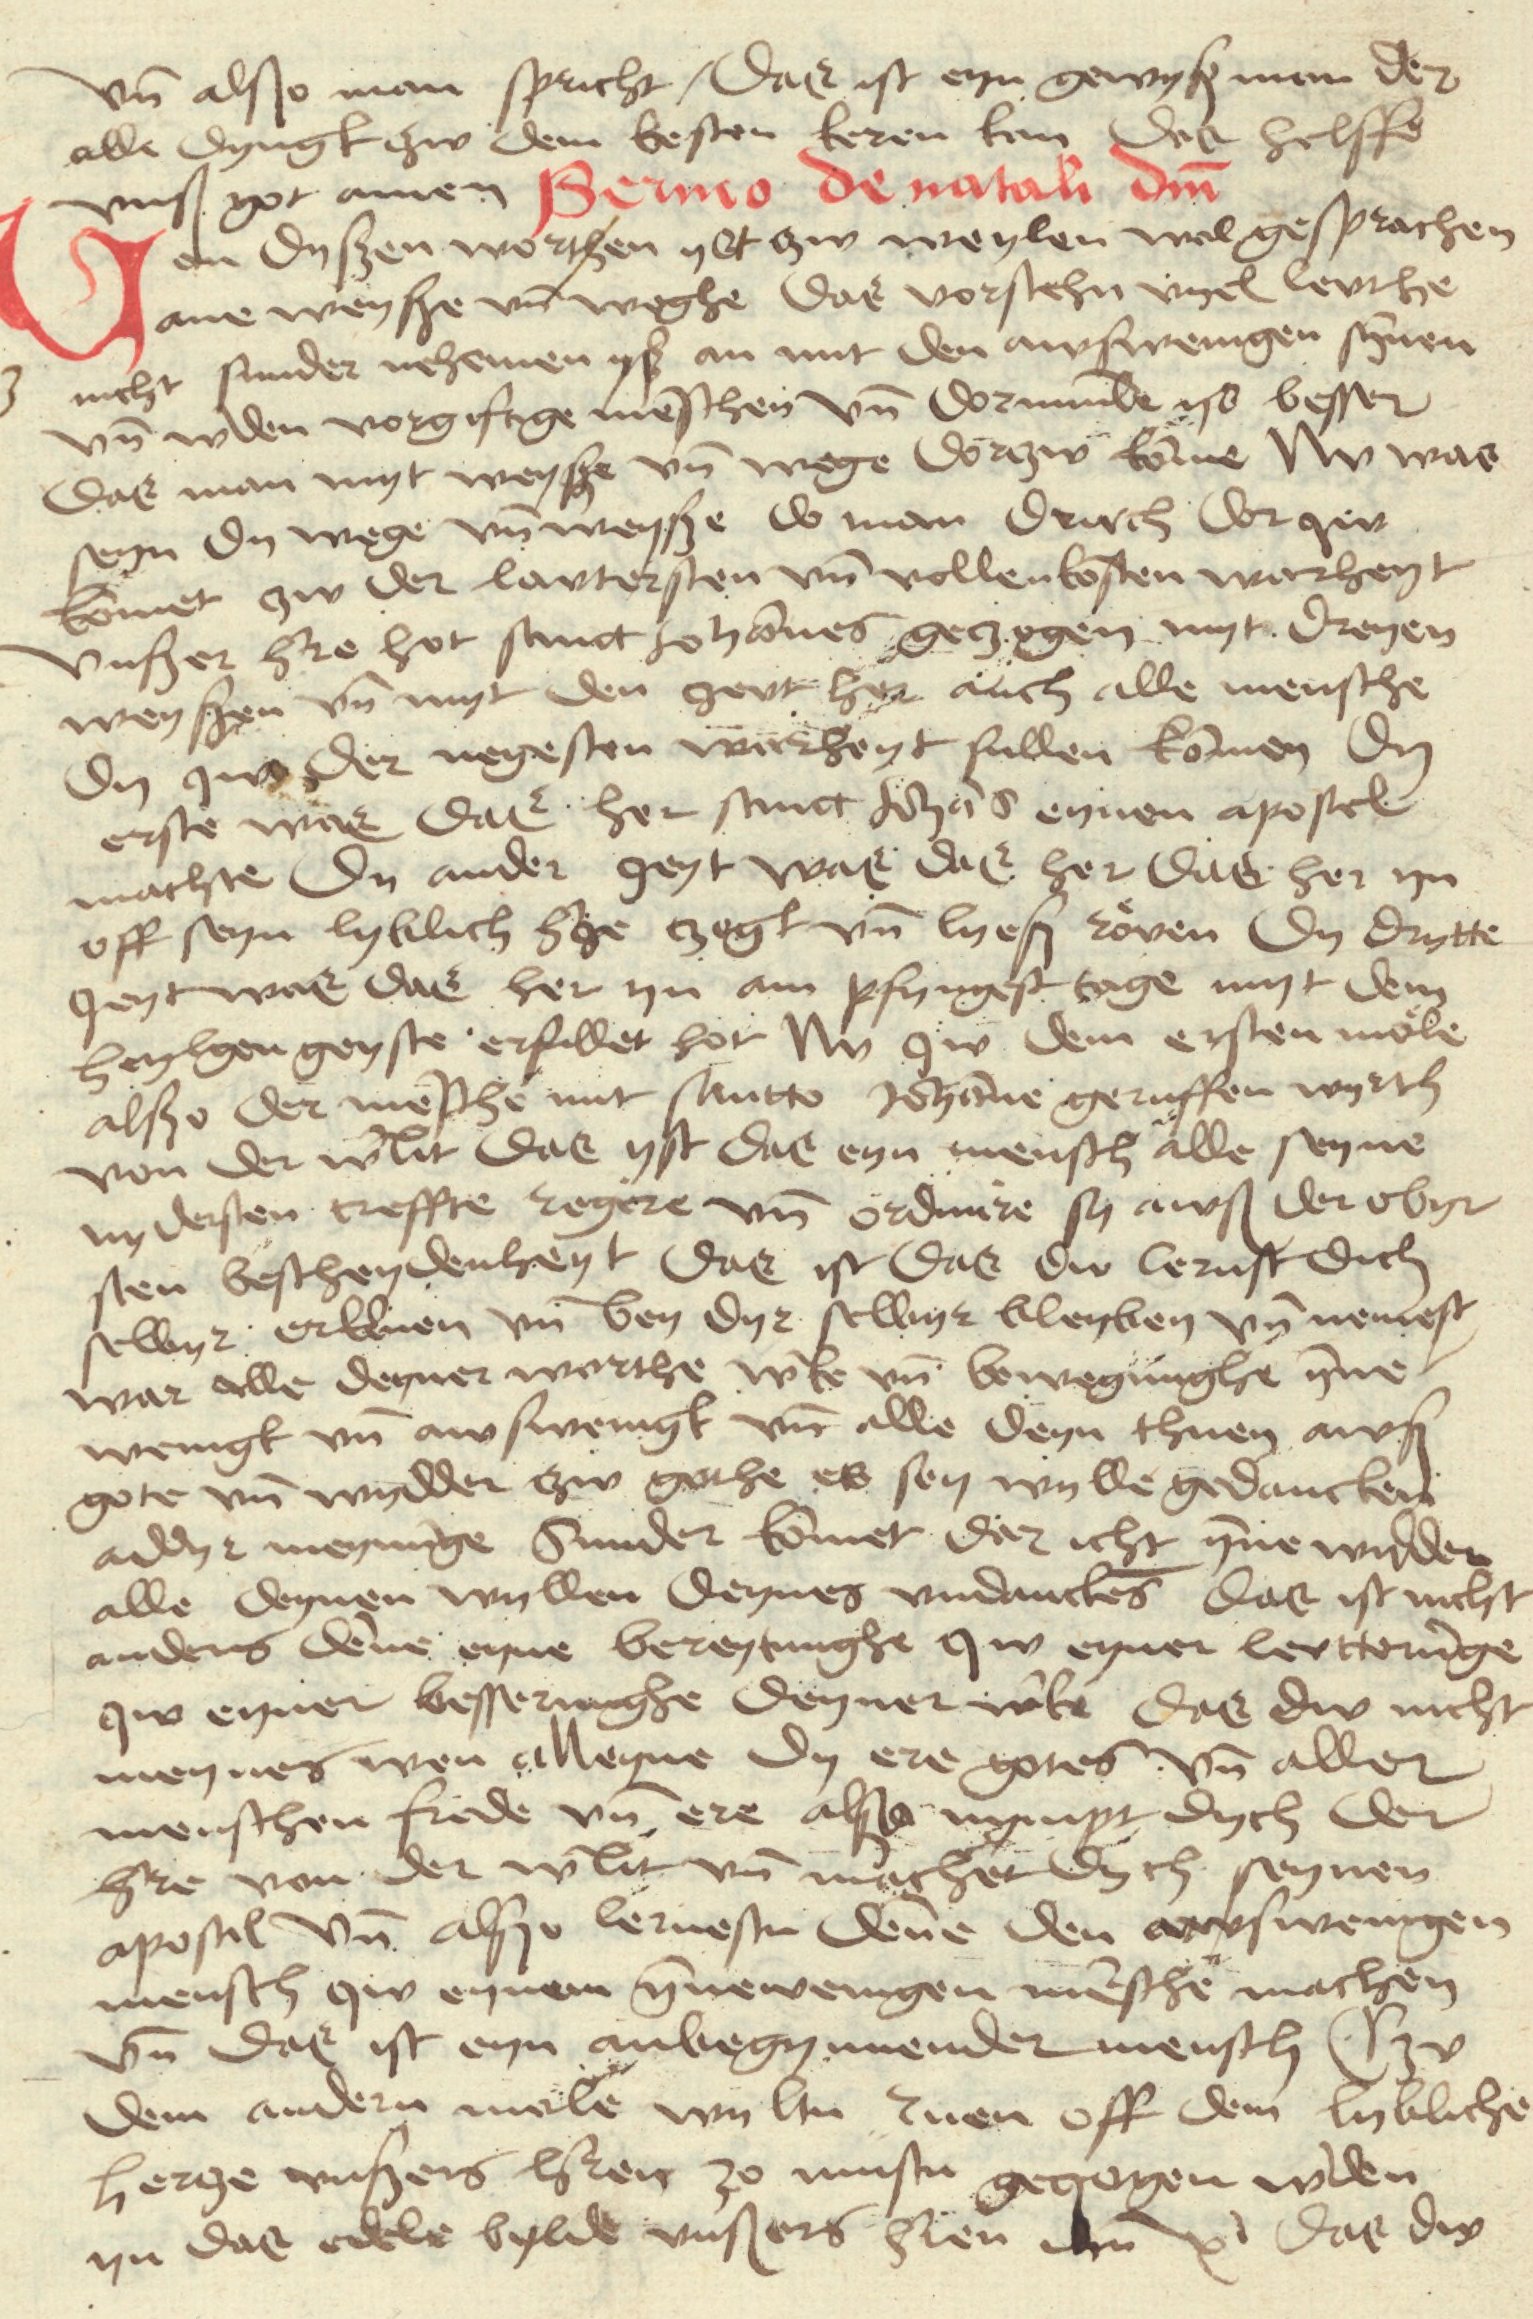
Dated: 1480–1499